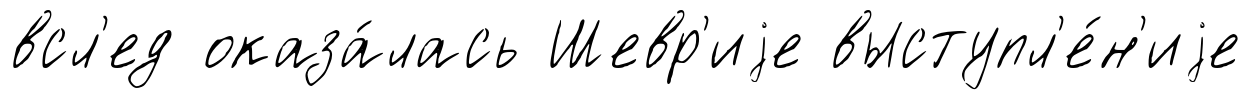
всл'ед оказа́лась Шевр'иjе выступл'е́н'иjе